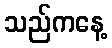
သည်ကနေ့